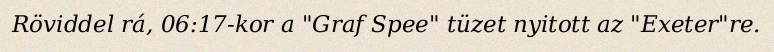
Röviddel rá, 06:17-kor a "Graf Spee" tüzet nyitott az "Exeter"re.